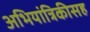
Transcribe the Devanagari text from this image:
अभियांत्रिकीसह